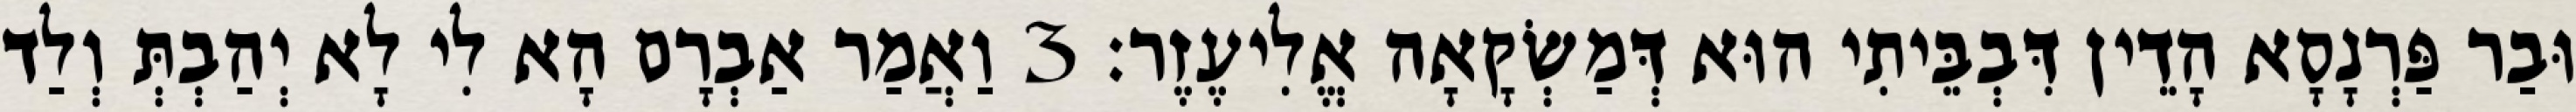
וּבַר פַּרְנָסָא הָדֵין דִּבְבֵּיתִי הוּא דְּמַשְׂקָאָה אֱלִיעֶזֶר׃ 3 וַאֲמַר אַבְרָם הָא לִי לָא יְהַבְתְּ וְלַד